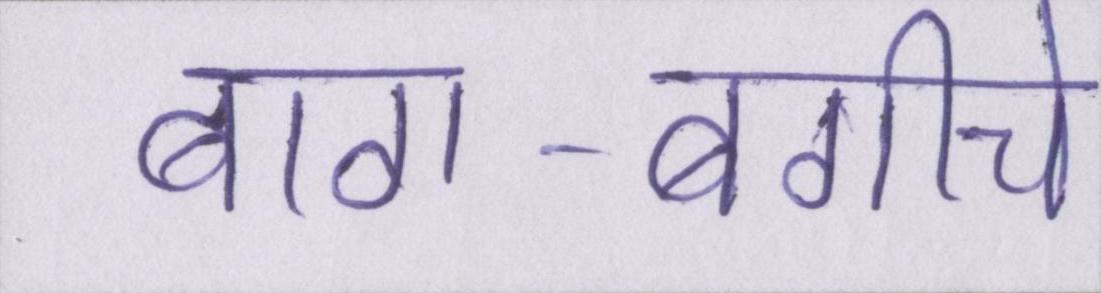
बाग-बगीचे